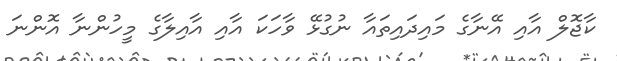
ކާޖޮލް އާއި އޭނާގެ މައިދައިތައާ ނުގުޅޭ ވާހަކަ އާއި އާއިލާގެ މީހުންނާ އޮންނަ